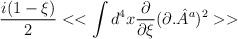
LaTeX: \begin{align*}\frac{i(1-\xi )}{2}<<\int d^{4}x\frac{\partial }{\partial \xi }(\partial .{\hat{A}}^{a})^{2}>>\end{align*}